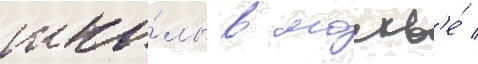
шко́лы в москв'е́ /